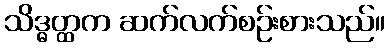
သိဒ္ဓတ္ထက ဆက်လက်စဉ်းစားသည်။